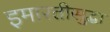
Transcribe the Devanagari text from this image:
इमारतीसुद्धा